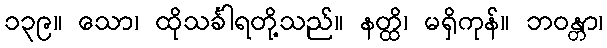
၁၃၉။ သော၊ ထိုသင်္ခါရတို့သည်။ နတ္ထိ၊ မရှိကုန်။ ဘဝန္တာ၊